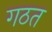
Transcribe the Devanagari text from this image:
गठत